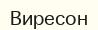
Виресон